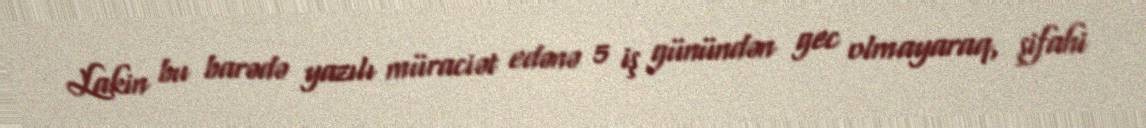
Lakin bu barədə yazılı müraciət edənə 5 iş günündən gec olmayaraq, şifahi